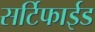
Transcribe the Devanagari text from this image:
सर्टिफाईड